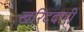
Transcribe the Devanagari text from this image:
खरिददारी